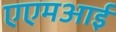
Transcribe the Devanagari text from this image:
एएमआई